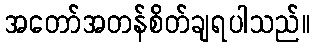
အတော်အတန်စိတ်ချရပါသည်။